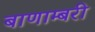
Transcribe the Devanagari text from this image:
बाणाम्बरी